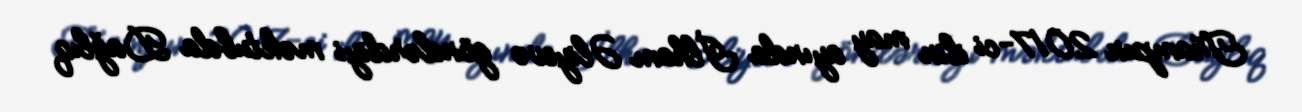
Trampın 2017-ci ilin may ayında İlham Əliyevə göndərdiyi məktubda Dağlıq